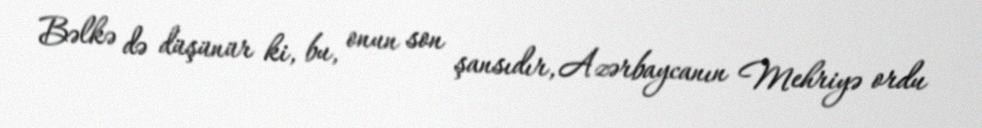
Bəlkə də düşünür ki, bu, onun son şansıdır, Azərbaycanın Mehriyə ordu